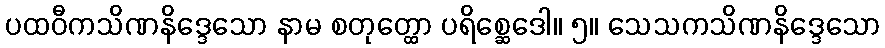
ပထဝီကသိဏနိဒ္ဒေသော နာမ စတုတ္ထော ပရိစ္ဆေဒေါ။ ၅။ သေသကသိဏနိဒ္ဒေသော